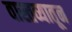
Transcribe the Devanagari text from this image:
वास्तव्यातून